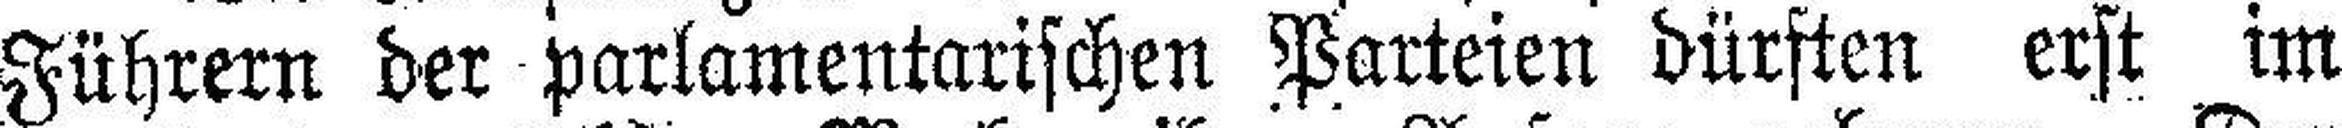
Führern der parlamentarischen Parteien dürften erst im